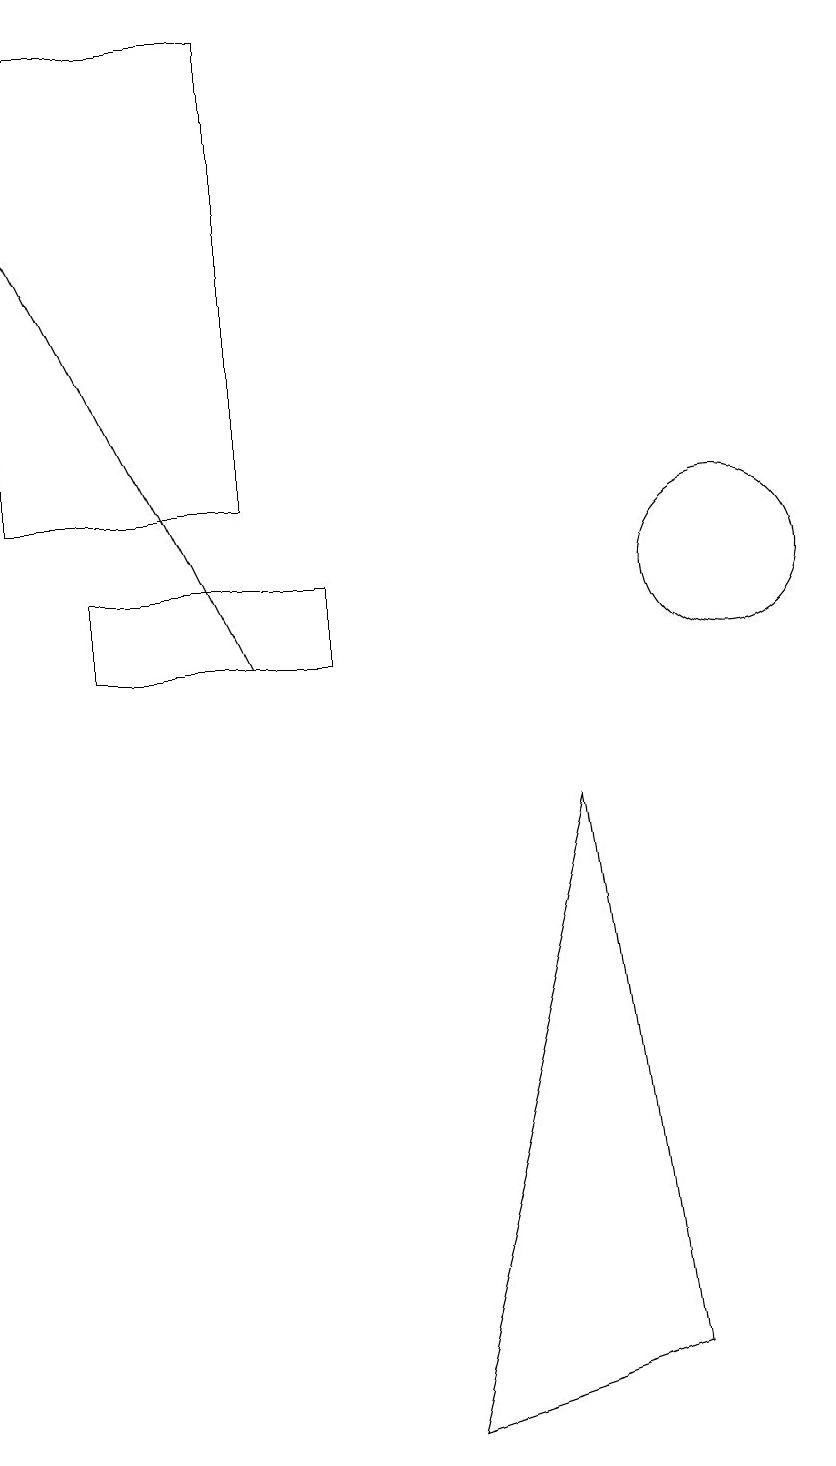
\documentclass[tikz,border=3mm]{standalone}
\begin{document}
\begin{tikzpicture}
\draw (6,1) -- (8,9) -- (9,2) -- cycle;
\draw (4,19) rectangle (1,13);
\draw[->] (4,11) -- (1,17);
\draw (10,12) circle (1);
\draw (2,12) rectangle (5,11);
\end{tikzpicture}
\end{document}